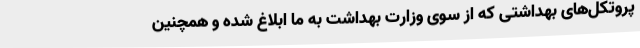
پروتکل‌های بهداشتی که از سوی وزارت بهداشت به ما ابلاغ شده و همچنین